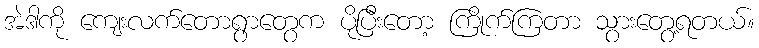
အဲဒါကို ကျေးလက်တောရွာတွေက ပိုပြီးတော့ ကြိုက်ကြတာ သွားတွေ့ရတယ်။